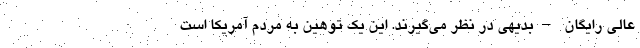
عالی رایگان –بدیهی در نظر می‌گیرند. این یک توهین به مردم آمریکا است